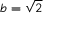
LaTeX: b = { \sqrt { 2 } }